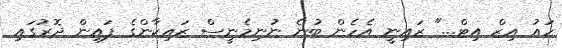
ހައު އިޒް އިޓް..." ޒައިނީ އެހެން ބުނެ ނުނިމެނީސް ޒައިކާންގެ ފައިން ދޮރުގައި